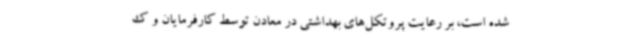
شده است، بر رعایت پروتکل‌های بهداشتی در معادن توسط کارفرمایان و ک